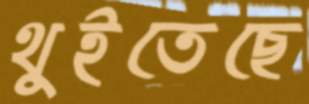
থুইতেছে